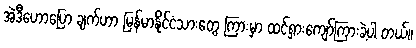
အဲဒီဟောပြော ချက်ဟာ မြန်မာနိုင်ငံသားတွေ ကြားမှာ ထင်ရှားကျော်ကြားခဲ့ပါ တယ်။